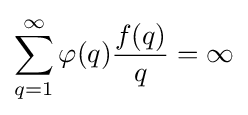
\sum _{q=1}^{\infty }\varphi (q){\frac {f(q)}{q}}=\infty